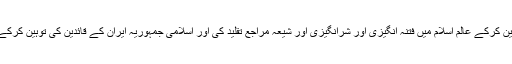
اس چینل کا کام اہل سنت کے ہاں کی محترم شخصیات کی توہین کرکے عالم اسلام میں فتنہ انگیزی اور شرانگیزی اور شیعہ مراجع تقلید کی اور اسلامی جمہوریہ ایران کے قائدین کی توہین کرکے شیعہ نوجوانوں کو گمراہ کرنے کی کوشش سے عبارت ہے۔